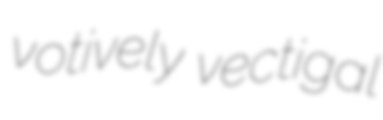
votively vectigal